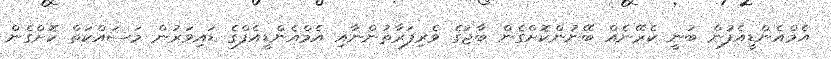
އެމްއެންޑީއެފުން ބުނީ ކެރޭނެއް ބޭނުންކޮށްގެން ބާޖުގެ ވެރިފަރާތުންނާއި އެމްްއެންޑީއެފްގެ ޑައިވަރުން މަސައްކަތް ކޮށްގެން